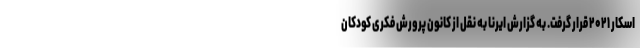
اسکار ۲۰۲۱ قرار گرفت. به گزارش ایرنا به نقل از کانون پرورش فکری کودکان